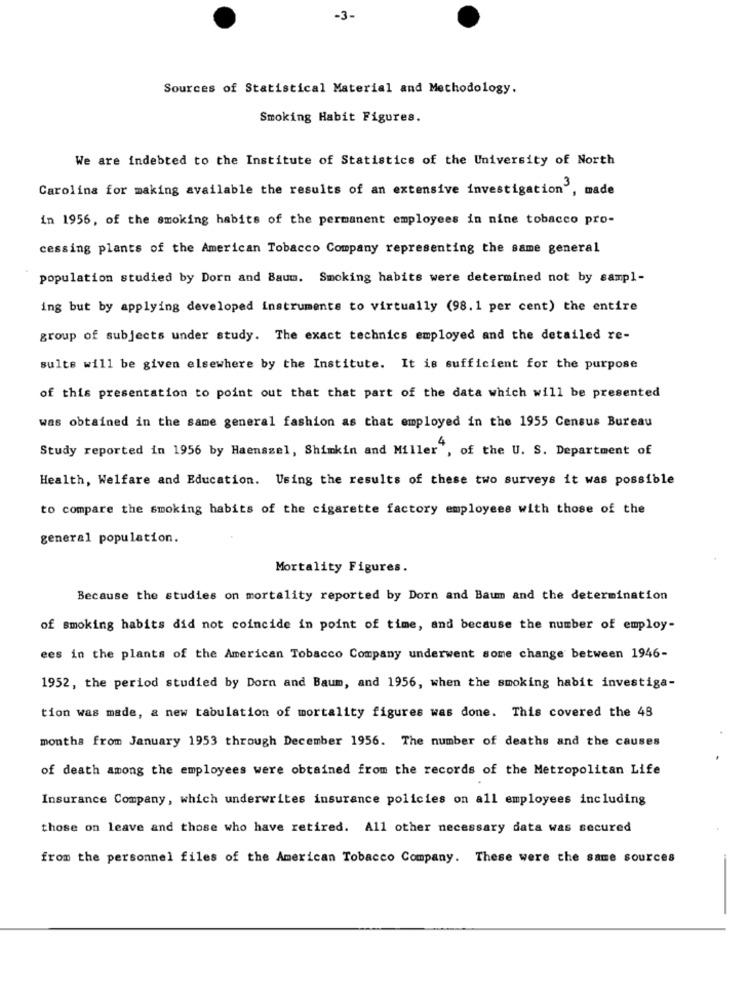
-3-
Sources of Statistical Material and Methodology.
Smoking Habit Figures.
We are indebted to the Institute of Statistics of the University of North
Carolina for making available the results of an extensive investigation', made
in 1956, of the smoking habits of the permanent employees in nine tobacco pro-
cessing plants of the American Tobacco Company representing the same general
population studied by Dorn and Baum. Smoking habits were determined not by sampl-
ing but by applying developed instruments to virtually (98.1 per cent) the entire
group of subjects under study. The exact technics employed and the detailed re-
sulte will be given elsewhere by the Institute. It is sufficient for the purpose
of this presentation to point out that that part of the data which will be presented
was obtained in the same general fashion as that employed in the 1955 Census Bureau
Study reported in 1956 by Haenszel, Shimkin and Miller", of the U. S. Department of
Health, Welfare and Education. Using the results of these two surveys it was possible
to compare the smoking habits of the cigarette factory employees with those of the
general population.
Mortality Figures.
Because the studies on mortality reported by Dorn and Baum and the determination
of smoking habits did not coincide in point of time, and because the number of employ-
ees in the plants of the American Tobacco Company underwent some change between 1946-
1952, the period studied by Dorn and Baum, and 1956, when the smoking habit investiga-
tion was made, & new tabulation of mortality figures was done. This covered the 48
months from January 1953 through December 1956. The number of deaths and the causes
of death among the employees were obtained from the records of the Metropolitan Life
Insurance Company, which underwrites insurance policies on all employees including
those on leave and those who have retired. All other necessary data was secured
from the personnel files of the American Tobacco Company. These were the same sources